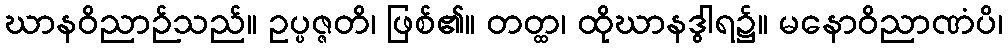
ဃာနဝိညာဉ်သည်။ ဥပ္ပဇ္ဇတိ၊ ဖြစ်၏။ တတ္ထ၊ ထိုဃာနဒွါရ၌။ မနောဝိညာဏံပိ၊